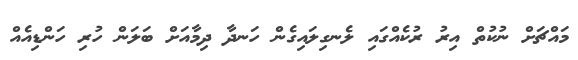
މައްޗަށް ނުކުތް އިރު ރުކެއްގައި ލެނގިލައިގެން ހަނދާ ދިމާއަށް ބަލަން ހުރި ހަންޑިއެއް